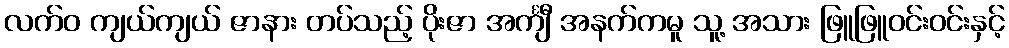
လက်ဝ ကျယ်ကျယ် ဇာနား တပ်သည့် ပိုးဇာ အင်္ကျီ အနက်ကမူ သူ့ အသား ဖြူဖြူဝင်းဝင်းနှင့်